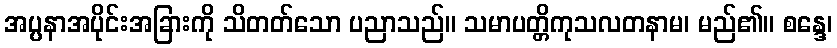
အပ္ပနာအပိုင်းအခြားကို သိတတ်သော ပညာသည်။ သမာပတ္တိကုသလတနာမ၊ မည်၏။ စန္ဒေ၊